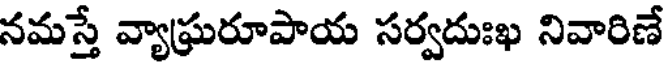
నమస్తే వ్యాఘ్రరూపాయ సర్వదుఃఖ నివారిణే